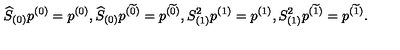
\widehat { S } _ { ( 0 ) } p ^ { ( 0 ) } = p ^ { ( 0 ) } , \widehat { S } _ { ( 0 ) } p ^ { ( \widetilde { 0 } ) } = p ^ { ( \widetilde { 0 } ) } , S _ { ( 1 ) } ^ { 2 } p ^ { ( 1 ) } = p ^ { ( 1 ) } , S _ { ( 1 ) } ^ { 2 } p ^ { ( \widetilde { 1 } ) } = p ^ { ( \widetilde { 1 } ) } .